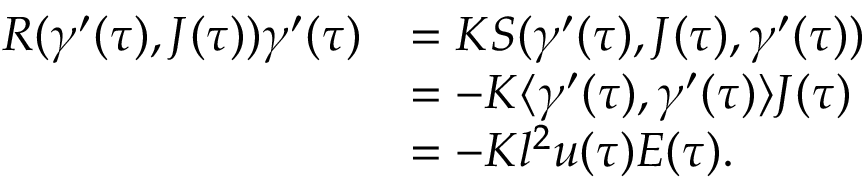
\begin{array} { r l } { R ( \gamma ^ { \prime } ( \tau ) , J ( \tau ) ) \gamma ^ { \prime } ( \tau ) } & { = K S ( \gamma ^ { \prime } ( \tau ) , J ( \tau ) , \gamma ^ { \prime } ( \tau ) ) } \\ & { = - K \langle \gamma ^ { \prime } ( \tau ) , \gamma ^ { \prime } ( \tau ) \rangle J ( \tau ) } \\ & { = - K l ^ { 2 } u ( \tau ) E ( \tau ) . } \end{array}